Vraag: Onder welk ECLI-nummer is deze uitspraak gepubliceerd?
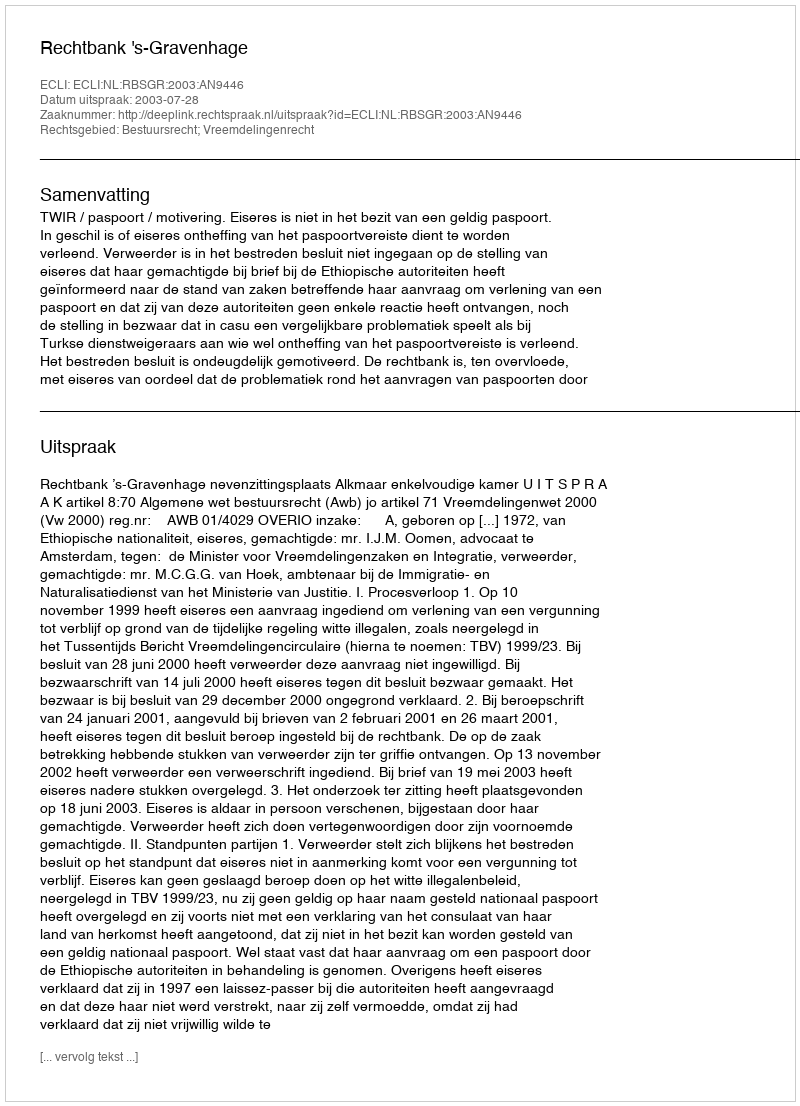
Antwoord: ECLI:NL:RBSGR:2003:AN9446